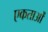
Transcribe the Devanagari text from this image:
एकताओं